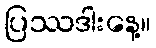
ပြဿဒါးနေ့။